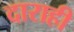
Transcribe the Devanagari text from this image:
दाराही